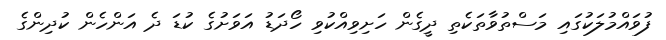
ފުވައްމުލަކުގައި މަސްތުވާތަކެތި ދީގެން ހަށިވިއްކުވި ހޯދަޑު އަވަށުގެ ކުޑަ ދެ އަންހެން ކުދިންގެ